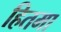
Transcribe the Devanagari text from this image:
हितमा